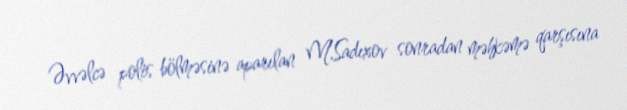
Əvvəlcə polis bölməsinə aparılan M.Sadıxov sonradan məhkəmə qarşısına